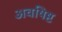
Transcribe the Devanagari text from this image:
अवषिष्ट